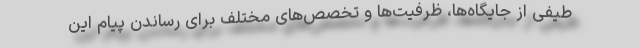
طیفی از جایگاه‌ها، ظرفیت‌ها و تخصص‌های مختلف برای رساندن پیام این